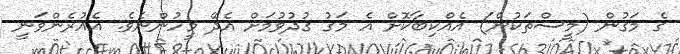
ގެ މަގުން (މީސްތަކުން) އެއްކިބާކޮށް އެ މަގު ގުދުވުމަށް އެދޭ މީހުންނެވެ. އެއުރެންވަނީ